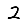
Digit: 2